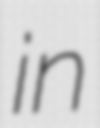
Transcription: in